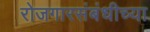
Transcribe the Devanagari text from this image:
रोजगारसंबंधीच्या